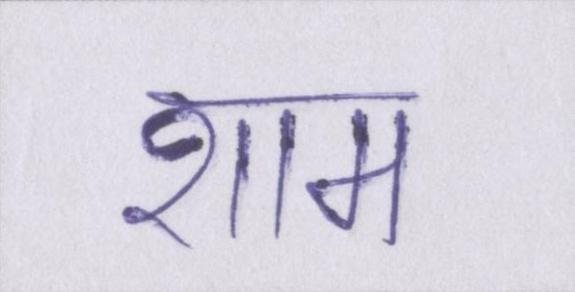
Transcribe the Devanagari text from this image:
शाम